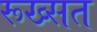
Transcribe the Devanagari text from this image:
रूख्सत